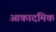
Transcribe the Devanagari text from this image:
आकादमिक